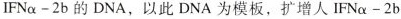
$$IFN \alpha -2b$$的DNA，以此DNA为模板，扩增人$$IFN \alpha -2b$$